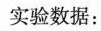
的实验数据：